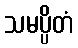
သမပ္ပိတံ